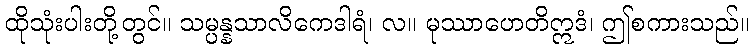
ထိုသုံးပါးတို့တွင်။ သမ္ပန္နသာလိကေဒါရံ၊ လ။ မုဿာဟေတိဣဒံ၊ ဤစကားသည်။